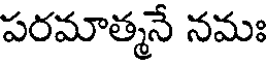
పరమాత్మనే నమః